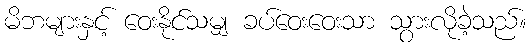
မိဘများနှင့် ဝေးနိုင်သမျှ ခပ်ဝေးဝေးသာ သွားလိုခဲ့သည်။